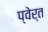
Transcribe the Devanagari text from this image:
प्वेर्त